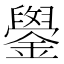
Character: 𫓓